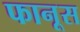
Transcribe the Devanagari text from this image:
फानूस